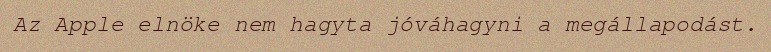
Az Apple elnöke nem hagyta jóváhagyni a megállapodást.